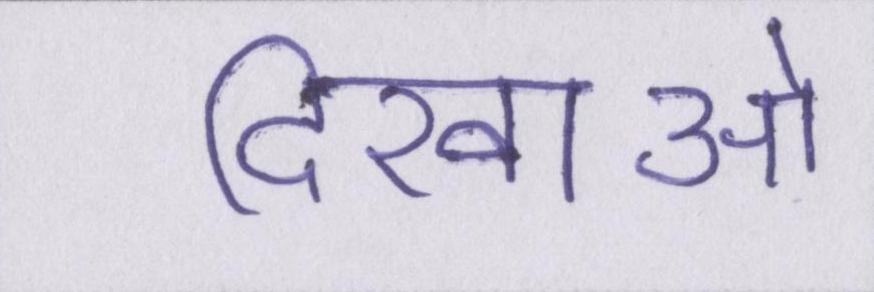
दिखाओ